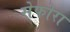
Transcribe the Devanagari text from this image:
सेफोरा